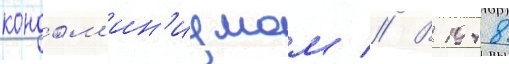
кондом'ин'иумом // В 1948